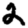
Digit: 2